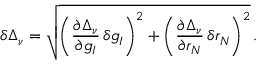
\delta \Delta _ { \nu } = \sqrt { \bigg ( \frac { \partial \Delta _ { \nu } } { \partial g _ { I } } \, \delta g _ { I } \bigg ) ^ { 2 } + \bigg ( \frac { \partial \Delta _ { \nu } } { \partial r _ { N } } \, \delta r _ { N } \bigg ) ^ { 2 } } \, .